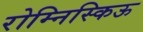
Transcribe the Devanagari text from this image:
रोम्निस्किऊ